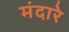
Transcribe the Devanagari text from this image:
मंदारे